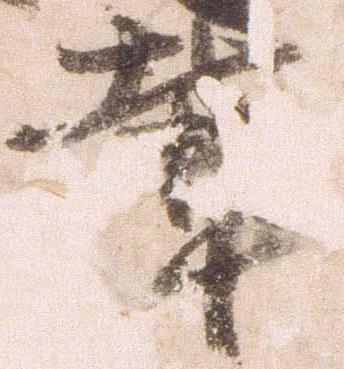
輩